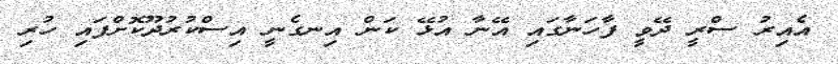
އެެއިރު ސްރީ ދޭވީ ފާހަނާގައި އޭނާ އުޅޭ ކަން އިނގެނީ އިސްކުރުދޫކޮށްފައި ހުރި